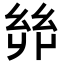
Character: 𢇇